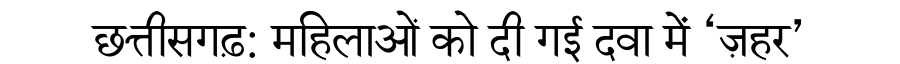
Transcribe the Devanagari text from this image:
छत्तीसगढ़: महिलाओं को दी गई दवा में ‘ज़हर’